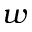
w